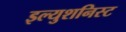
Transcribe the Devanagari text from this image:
इल्युशनिस्ट